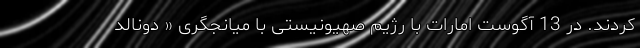
کردند. در 13 آگوست امارات با رژیم صهیونیستی با میانجگری « دونالد